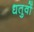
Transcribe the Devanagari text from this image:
धतुवों